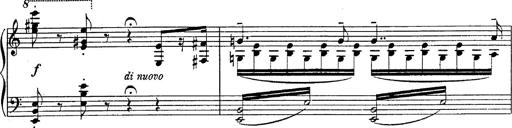
Title: Fantasie Ã¼ber Themen aus Mozarts Figaro und Don Giovanni
Composer: Franz Liszt